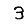
Digit: 3